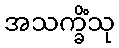
အသက္ခိံသု